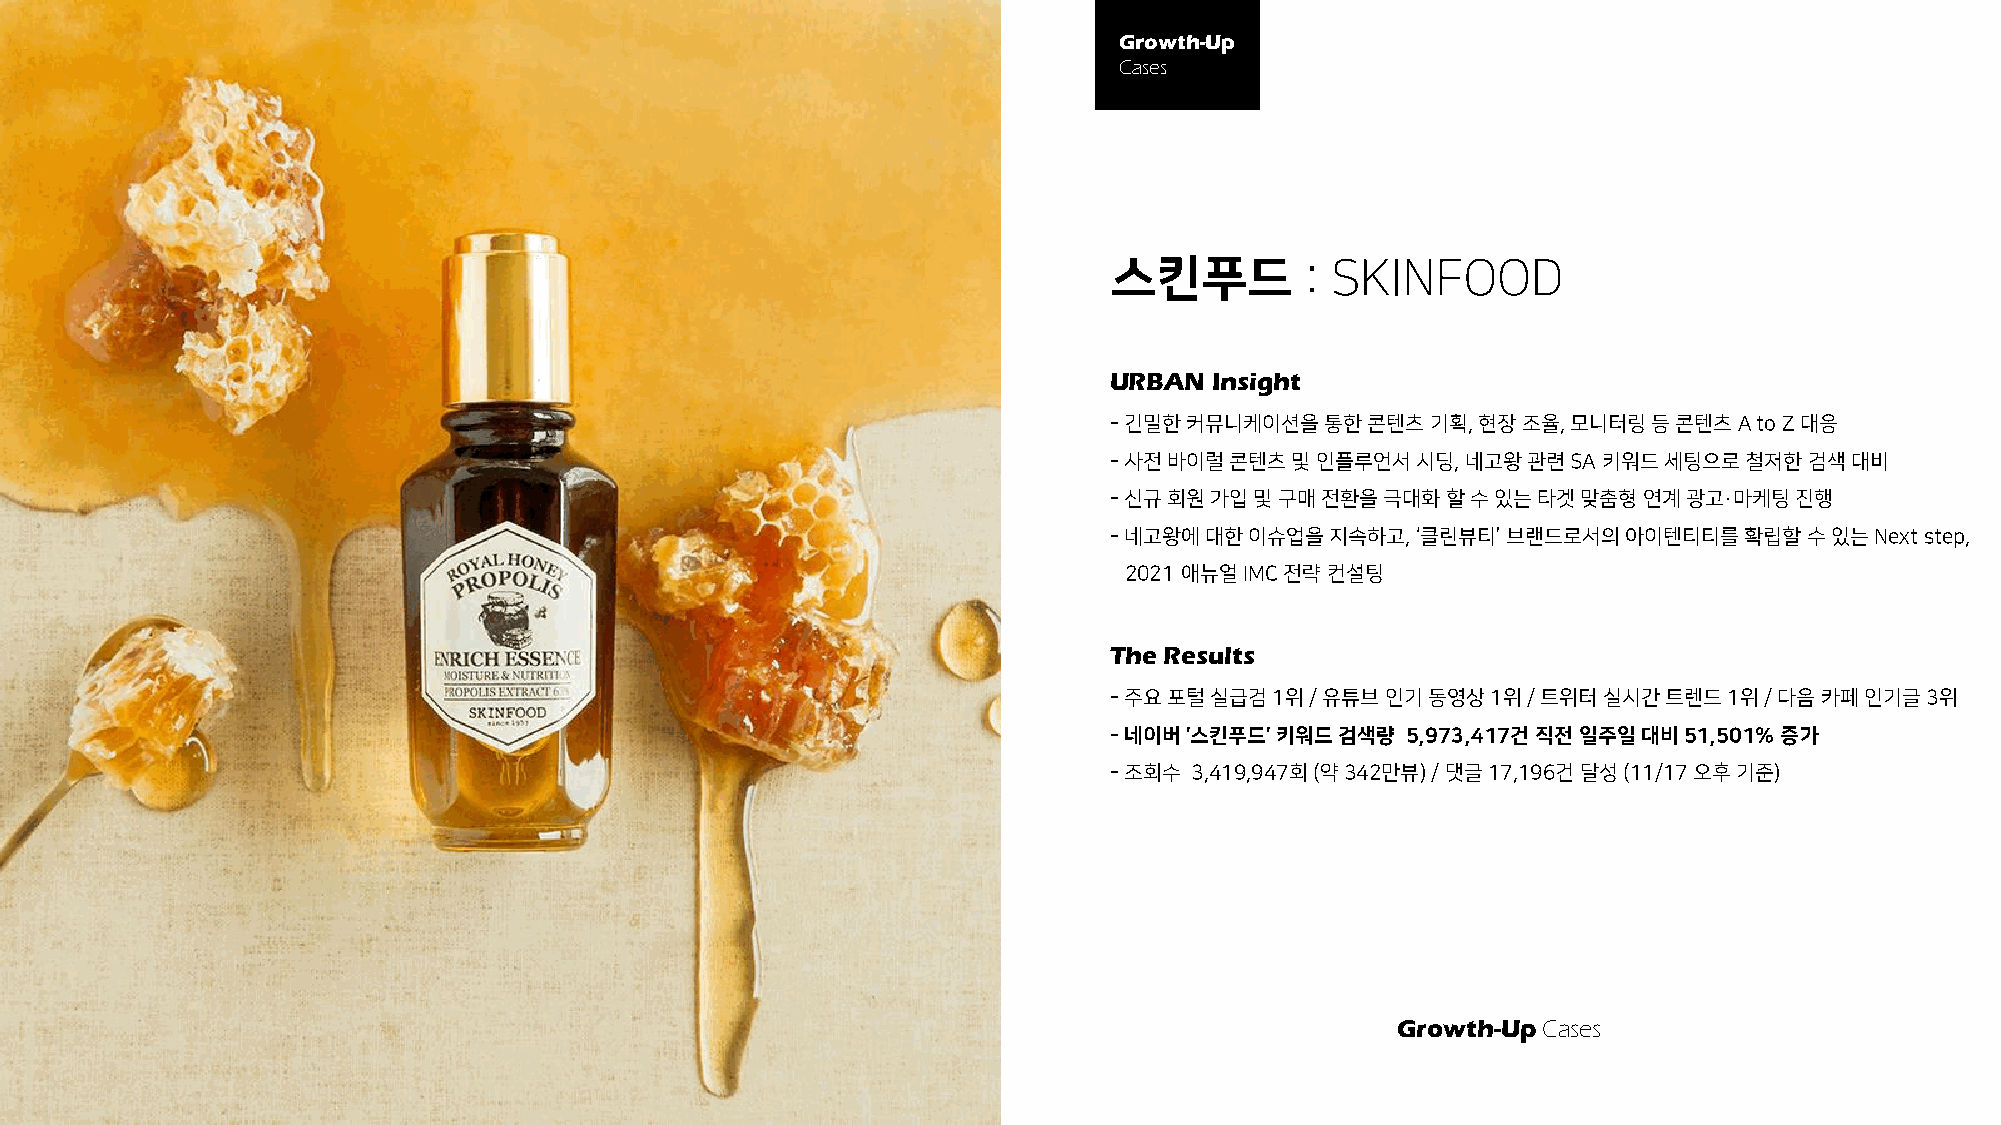
Growth-Up
 Cases
 스킨푸드        : SKINFOOD
 URBAN  Insight
 -긴밀한커뮤니케이션을통한콘텐츠기획,      현장조율, 모니터링등콘텐츠A   to Z 대응
 -사전바이럴콘텐츠및인플루언서시딩,      네고왕관련SA  키워드세팅으로철저한검색대비
 -신규회원가입및구매전환을극대화할수있는타겟맞춤형연계광고·마케팅진행
 -네고왕에대한이슈업을지속하고,     ‘클린뷰티’브랜드로서의아이텐티티를확립할수있는Next     step,
 2021 애뉴얼IMC 전략컨설팅
 The Results
 -주요포털실급검1위/    유튜브인기동영상1위/   트위터실시간트렌드1위/    다음카페인기글3위
 -네이버'스킨푸드' 키워드검색량   5,973,417건 직전일주일대비51,501% 증가
 -조회수  3,419,947회(약342만뷰)/ 댓글17,196건달성(11/17 오후기준)
 Growth-UpCases